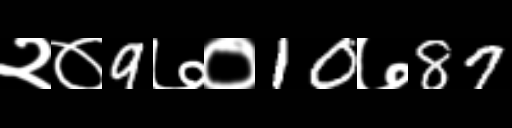
Text: २०9७०10७87